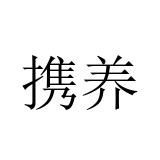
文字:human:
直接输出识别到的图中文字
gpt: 携养